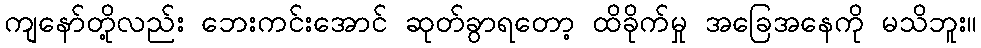
ကျနော်တို့လည်း ဘေးကင်းအောင် ဆုတ်ခွာရတော့ ထိခိုက်မှု အခြေအနေကို မသိဘူး။